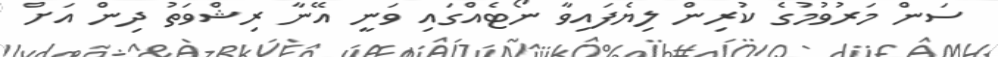
ސަން މަރުވުމުގެ ކުރިން ލިޔެފައިވާ ނޯޓެއްގައި ވަނީ އޭނާ ރިޝްވަތު ދިން އަށް